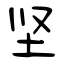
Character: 坚